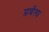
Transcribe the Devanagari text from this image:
प्रर्वत्य